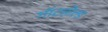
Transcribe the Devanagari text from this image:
गॉटहोल्ड